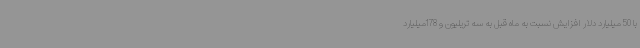
با 50 میلیارد دلار افزایش نسبت به ماه قبل به سه تریلیون و 178میلیارد